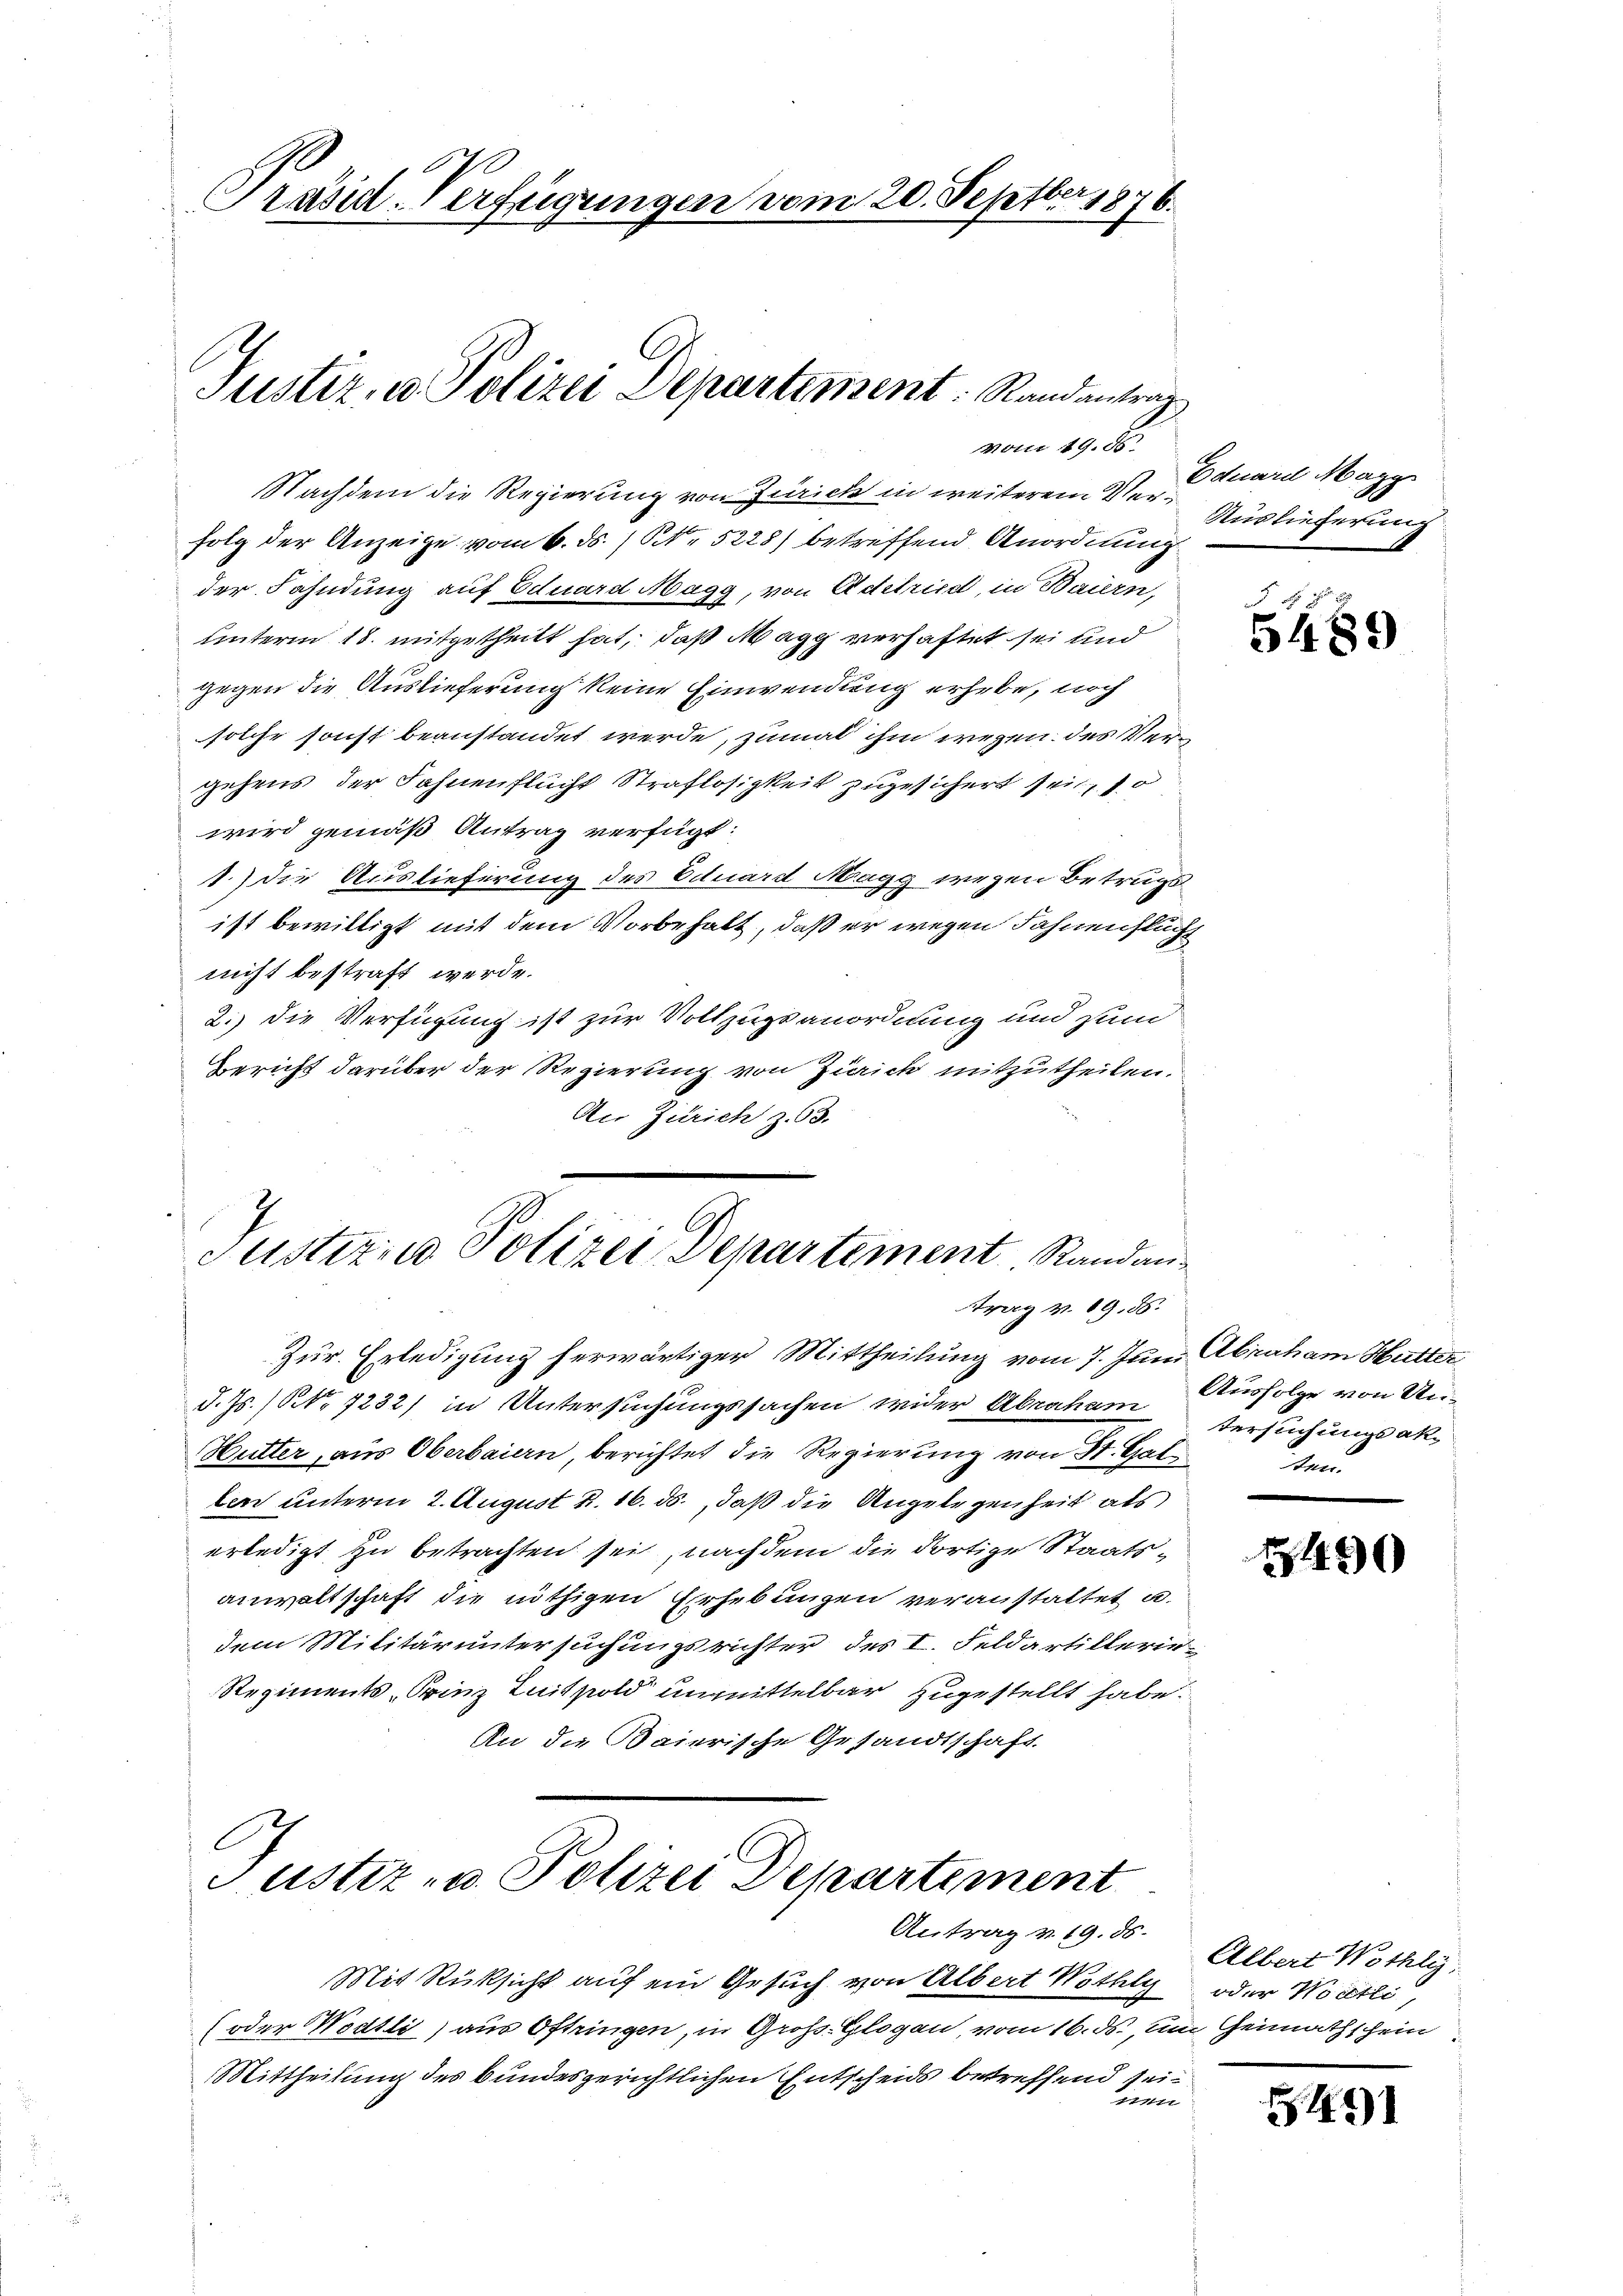
70
Präsid-Verfügungen vom 20. Septber 1876.

Justiz, u. Polizei Departement Randantrag
vom 19. ds.

Nachdem die Regierung von Zürich in weiterem Verfolg der Anzeige vom 6. ds. / N. 5228) betreffend Anordnung
der Fahndung auf Eduard Magg, von Adelried, in Baiern,
unterm 18. mitgetheilt hat, daß Magg verhaftet sei und
gegen die Auslieferung keine Einwendung erhebe, noch
solche sonst beanstandet werde, zumal ihm wegen des Vergehens der Fahnenflucht Straflosigkeit zugesichert sein, so
wird gemäß Antrag verfügt:
1.) Die Auslieferung des Eduard Magg wegen Betrugs
ist bewilligt mit dem Vorbehalt, daß er wegen Fahnenstücht
nicht bestraft werde.
2.) Die Verfügung ist zur Vollzugsanordnung und sein
Bericht darüber der Regierung von Zürich mitzutheilen.
An Zürich z. 63.
Justizio Polizei Departement Randan¬

rag v. 89. 56.

Justiz- u. Polizei Departement
Antrag v. 19. ds.

Eduard Marg
Auslieferung

Zur Erledigung herwärtiger Mittheilung vom 7. Juni Abraham Hutter
d. Js.) No 1232) in Untersuchungssachen wider Abraham tersuchungsak
Hutter, aus Oberbaiern, berichtet die Regierung von St. Gallen unterm 2. August k. 16. ds., daß die Angelegenheit als
erledigt zu betrachten sei, nachdem die dortige Staatsanwaltschaft die nöthigen Erhebungen veranstaltet a.
dem Militär untersuchungsrichter des I. Feldartillerie¬
Regiments-Finz Luitpold unmittelbar zugestellt habe.
An die Baierische Gesandtschaft

Mit Rüksicht auf ein Gesuch von Albert Nothly
(oder Wodtli) aus Oftringen, in Gross-Glogan, vom 16. ds., um Geimathschein
Mittheilung des bundesgerichtlichen Entscheids betreffend sei¬
9184.

o
5489

Ausfolge von Undem

2430

Albert Wöthli
oder Wortli

491